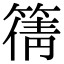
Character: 篟